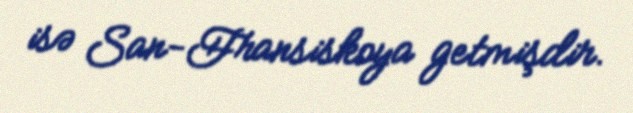
isə San-Fransiskoya getmişdir.